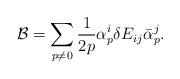
LaTeX: \begin{align*}{\cal B} = \sum_{p\neq 0} \frac{1}{2p} \alpha_p^i \delta E_{ij}\bar{\alpha}_p^j.\end{align*}